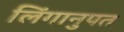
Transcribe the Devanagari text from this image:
लिंगानुपत